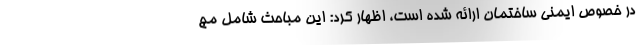
در خصوص ایمنی ساختمان ارائه شده است، اظهار کرد: این مباحث شامل مج